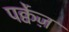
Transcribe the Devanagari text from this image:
पर्क्वेज़